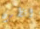
انظرن